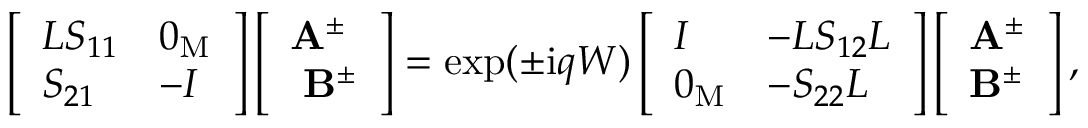
\left[ \begin{array} { l l } { L S _ { 1 1 } } & { 0 _ { \mathrm { M } } } \\ { S _ { 2 1 } } & { - I } \end{array} \right] \left[ \begin{array} { l } { \mathbf { A } ^ { \pm } } \\ { \ \mathbf { B } ^ { \pm } } \end{array} \right] = \exp ( \pm \mathrm { i } q W ) \left[ \begin{array} { l l } { I } & { - L S _ { 1 2 } L } \\ { 0 _ { \mathrm { M } } } & { - S _ { 2 2 } L } \end{array} \right] \left[ \begin{array} { l } { \mathbf { A } ^ { \pm } } \\ { \mathbf { B } ^ { \pm } } \end{array} \right] ,